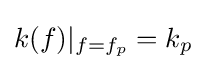
k(f)|_{f=f_{p}}=k_{p}